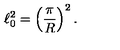
\ell _ { 0 } ^ { 2 } = \left( \frac { \pi } { R } \right) ^ { 2 } .